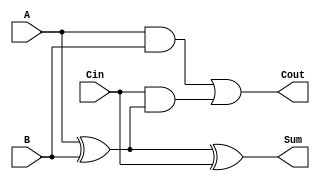
module RippleCarryFullAdder (
    input wire A,        // First input bit
    input wire B,        // Second input bit
    input wire Cin,      // Carry-in bit
    output wire Sum,     // Result of the addition
    output wire Cout     // Carry-out bit
);

// Intermediate signals
wire AxorB;           // Intermediate result of A XOR B

// Logic for Sum
assign AxorB = A ^ B; // XOR gate for A and B
assign Sum = AxorB ^ Cin; // Final sum calculation

// Logic for Cout
assign Cout = (A & B) | (Cin & AxorB); // Carry-out calculation

endmodule